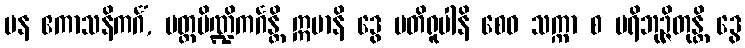
ပန ဧကာသနိကင်္ဂံ, ပတ္တပိဏ္ဍိကင်္ဂန္တိ ဣမာနိ ဒွေ ပတိရူပါနိ စေဝ သက္ကာ စ ပရိဘုဉ္ဇိတုန္တိ ဒွေ